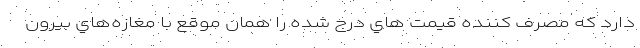
دارد كه مصرف كننده قيمت هاي درج شده را همان موقع با مغازه‌هاي بيرون